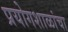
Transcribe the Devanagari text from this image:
प्रयोगशाळांचा